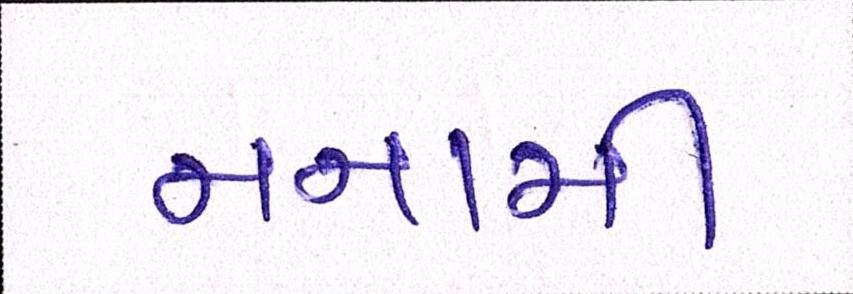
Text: નનામી